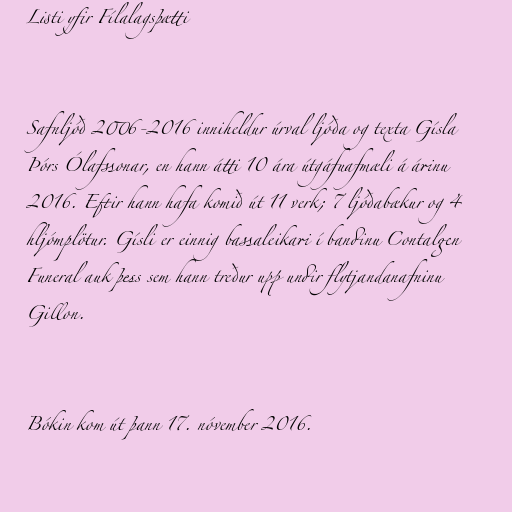
Listi yfir Fílalagsþætti

Safnljóð 2006-2016 inniheldur úrval ljóða og texta Gísla
Þórs Ólafssonar, en hann átti 10 ára útgáfuafmæli á árinu
2016. Eftir hann hafa komið út 11 verk; 7 ljóðabækur og 4
hljómplötur. Gísli er einnig bassaleikari í bandinu Contalgen
Funeral auk þess sem hann treður upp undir flytjandanafninu
Gillon.

Bókin kom út þann 17. nóvember 2016.